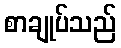
စာချုပ်သည်